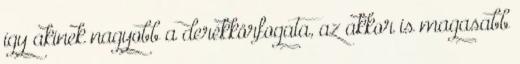
így akinek nagyobb a derékkörfogata, az akkor is magasabb